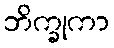
ဘိက္ခုကာ